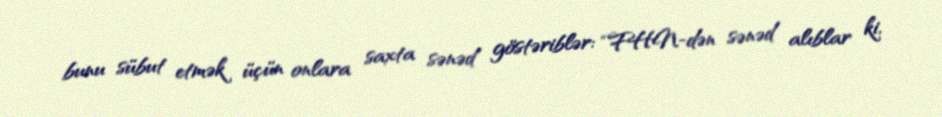
bunu sübut etmək üçün onlara saxta sənəd göstəriblər: “FHN-dən sənəd alıblar ki,